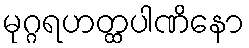
မုဂ္ဂရဟတ္ထပါဏိနော